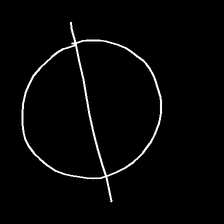
Glyph: orb